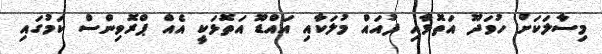
މިސާލަކަށް ހުވަދޫ އަތޮޅާއި ފުއައް މުލަކާއި އައްޑޫ އަތޮޅަކީ އެއް ޕްރޮވިންސް ކަމުގައި